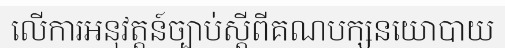
លើការអនុវត្តន៍ច្បាប់ស្តីពីគណបក្សនយោបាយ